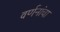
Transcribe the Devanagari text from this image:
वर्णनांचा